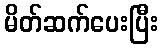
မိတ်ဆက်ပေးပြီး